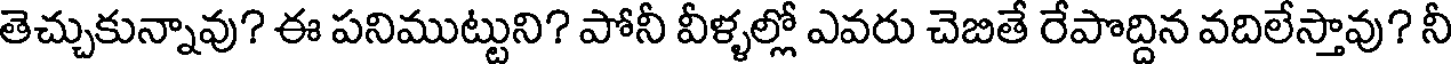
తెచ్చుకున్నావు? ఈ పనిముట్టుని? పోనీ వీళ్ళల్లో ఎవరు చెబితే రేపొద్దిన వదిలేస్తావు? నీ